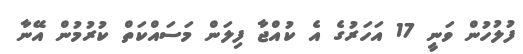
ފުލުހުން ވަނީ 17 އަހަރުގެ އެ ކުއްޖާ ފިލަން މަސައްކަތް ކުރުމުން އޭނާ